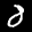
Label: 8